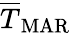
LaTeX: \overline{{T}}_{\mathrm{MAR}}